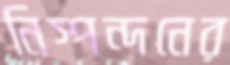
নিস্পন্দনের